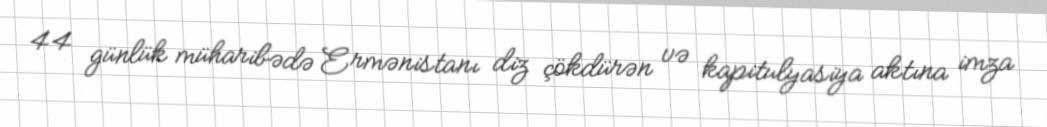
44 günlük müharibədə Ermənistanı diz çökdürən və kapitulyasiya aktına imza